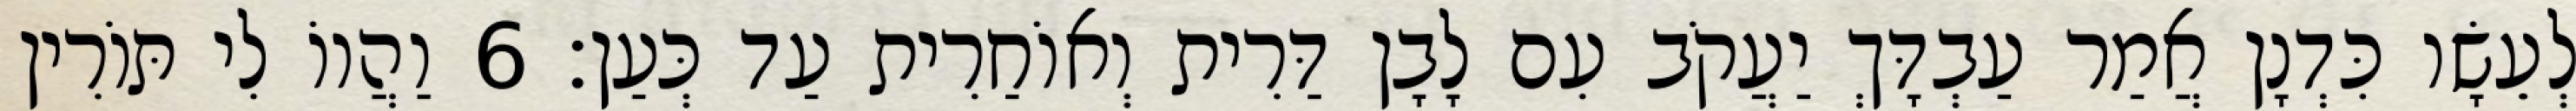
לְעֵשָׂו כִּדְנָן אֲמַר עַבְדָּךְ יַעֲקֹב עִם לָבָן דַּרִית וְאוֹחַרִית עַד כְּעַן׃ 6 וַהֲווֹ לִי תּוֹרִין